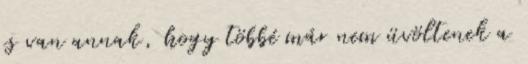
is van annak, hogy többé már nem üvöltenek a